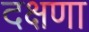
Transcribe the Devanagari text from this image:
दक्षणा